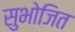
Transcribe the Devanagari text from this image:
सुभोजित